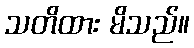
သတိထား မိသည်။